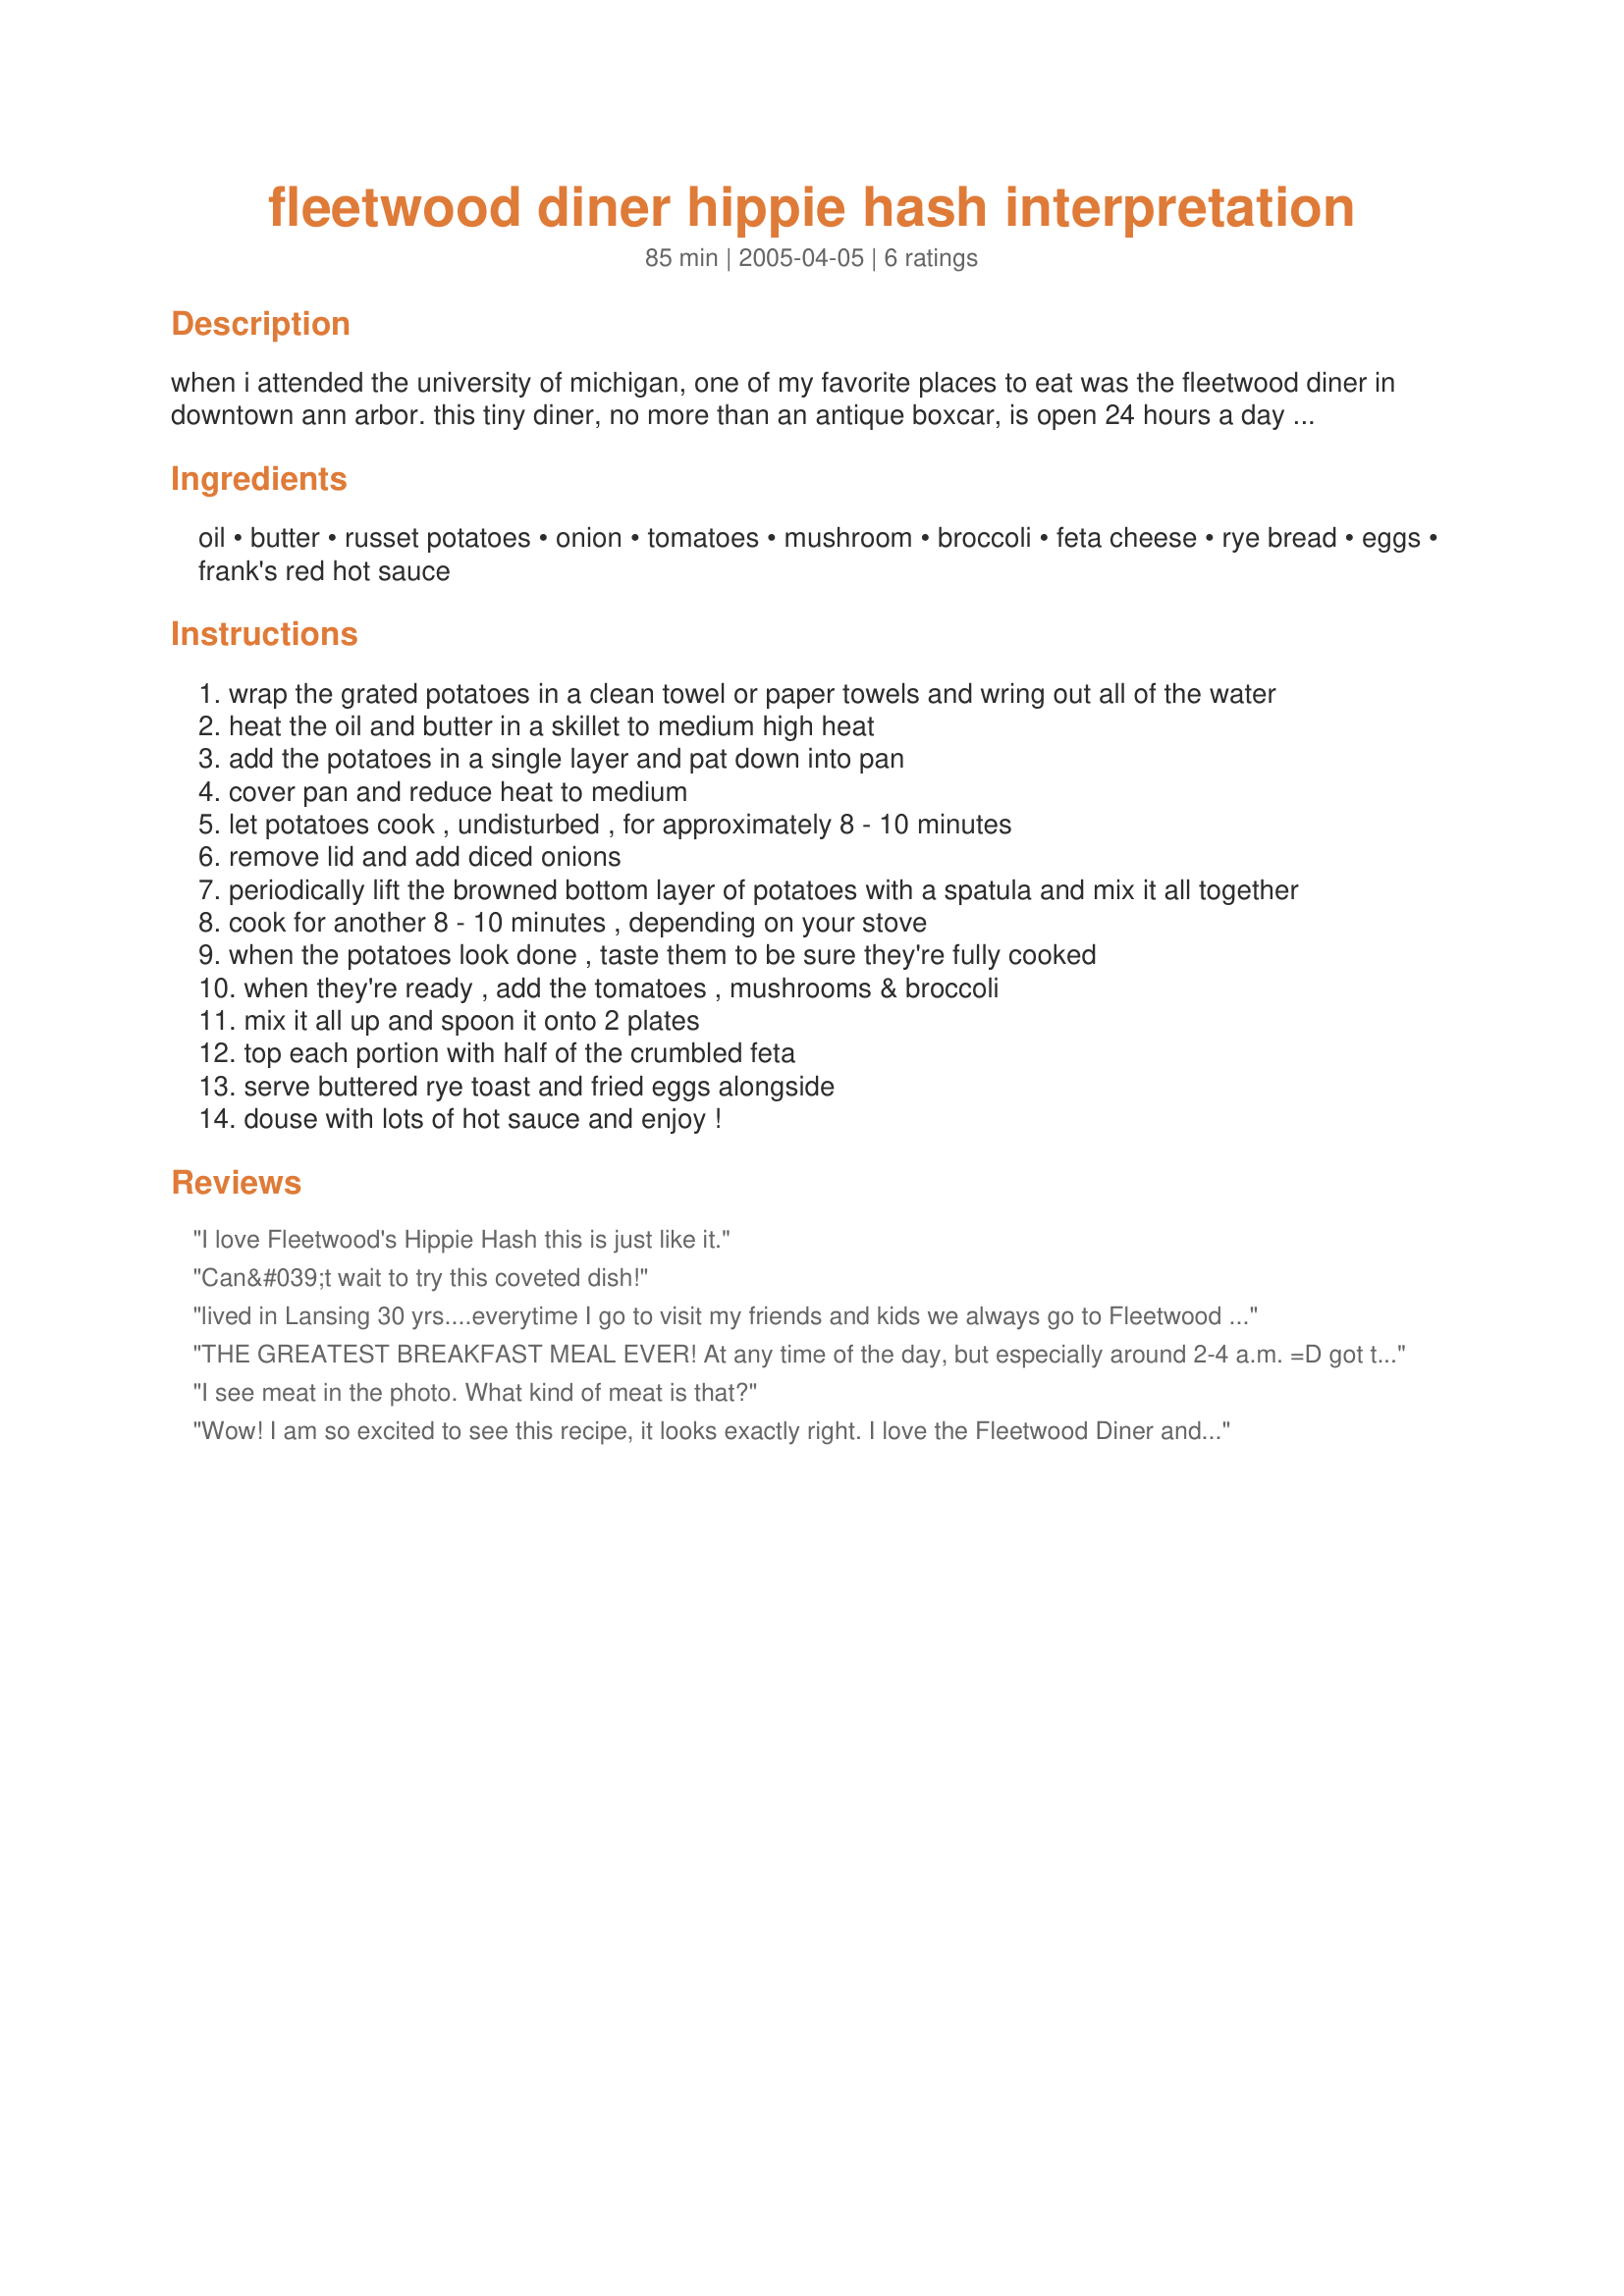
fleetwood diner hippie hash interpretation
Preparation time: 85 minutes

when i attended the university of michigan, one of my favorite places to eat was the fleetwood diner in downtown ann arbor. this tiny diner, no more than an antique boxcar, is open 24 hours a day and draws a diverse group of people.

many a night my friends and i enjoyed some great people watching and satisfying simple food.

best of all was their "hippie hash." i don't have the exact recipe, but then again, i could watch the cook make it, and he never measured, either.

i always ordered this with 2 eggs, over easy, and a side of rye toast. be sure and douse the whole thing with lots of frank's red hot sauce!

Ingredients:
oil, butter, russet potatoes, onion, tomatoes, mushroom, broccoli, feta cheese, rye bread, eggs, frank's red hot sauce

Steps:
wrap the grated potatoes in a clean towel or paper towels and wring out all of the water
heat the oil and butter in a skillet to medium high heat
add the potatoes in a single layer and pat down into pan
cover pan and reduce heat to medium
let potatoes cook , undisturbed , for approximately 8 - 10 minutes
remove lid and add diced onions
periodically lift the browned bottom layer of potatoes with a spatula and mix it all together
cook for another 8 - 10 minutes , depending on your stove
when the potatoes look done , taste them to be sure they're fully cooked
when they're ready , add the tomatoes , mushrooms & broccoli
mix it all up and spoon it onto 2 plates
top each portion with half of the crumbled feta
serve buttered rye toast and fried eggs alongside
douse with lots of hot sauce and enjoy !

Reviews:
I love Fleetwood's Hippie Hash this is just like it.
Can&#039;t wait to try this coveted dish!
lived in Lansing 30 yrs....everytime I go to visit my friends and kids we always go to Fleetwood Diner...have to have my hippie hash from there...it's the bomb!
THE GREATEST BREAKFAST MEAL EVER! At any time of the day, but especially around 2-4 a.m. =D got to have the hot sauce. My fav is texas pete but tabasco or red hot works too!
I see meat in the photo. What kind of meat is that?
Wow! I am so excited to see this recipe, it looks exactly right. I love the Fleetwood Diner and was even more ecstatic when they opened one in Lansing, as I go to MSU. Thanks for a great recipe. :)
